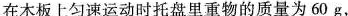
在木板上匀速运动时托盘里重物的质量为60g，